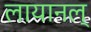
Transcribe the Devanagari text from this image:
लायानल्